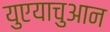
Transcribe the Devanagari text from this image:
युएयाचुआन